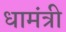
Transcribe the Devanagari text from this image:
धामंत्री